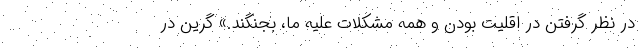
در نظر گرفتن در اقلیت بودن و همه مشکلات علیه ما، بجنگند.» گرین در